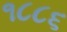
૧૮૮૬